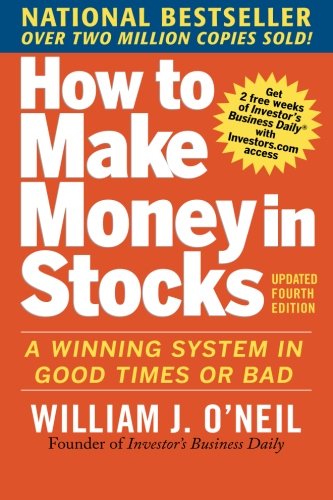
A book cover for How to Make Money in Stocks:  A Winning System in Good Times and Bad, Fourth Edition; William O'Neil; Business & Money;